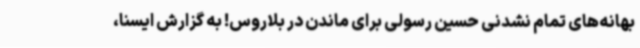
بهانه‌های تمام نشدنی حسین رسولی برای ماندن در بلاروس! به گزارش ایسنا،